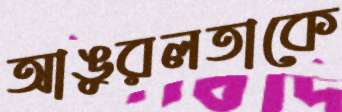
আঙুরলতাকে